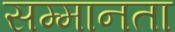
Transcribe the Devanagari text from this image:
सम्मानता